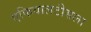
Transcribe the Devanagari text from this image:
एफियालटीसला